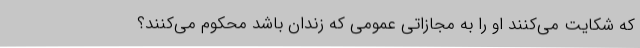
که شکایت می‌کنند او را به مجازاتی عمومی که زندان باشد محکوم می‌کنند؟